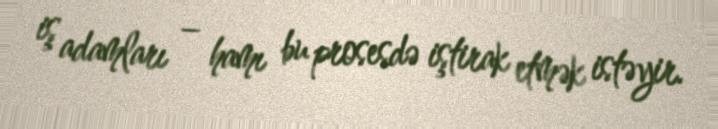
iş adamları – hamı bu prosesdə iştirak etmək istəyir.